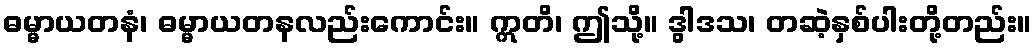
ဓမ္မာယတနံ၊ ဓမ္မာယတနလည်းကောင်း။ ဣတိ၊ ဤသို့။ ဒွါဒသ၊ တဆဲ့နှစ်ပါးတို့တည်း။